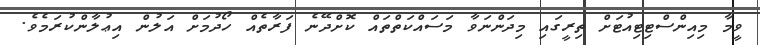
ވީމާ މިއިންސްޓިޓިއުޓަށް ތިރީގައި މިދަންނަވާ މަސައްކަތްތައް ކޮށްދޭނެ ފަރާތެއް ހޯދުމަށް އަލުން އިޢުލާންކުރަމެވެ.